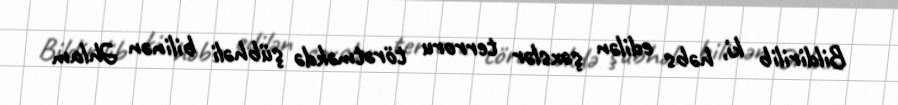
Bildirilib ki, həbs edilən şəxslər terroru törətməkdə şübhəli bilinən Əhlam